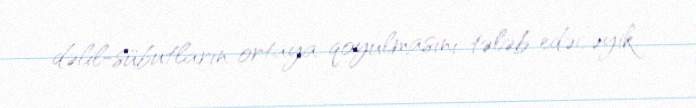
dəlil-sübutların ortaya qoyulmasını tələb edəcəyik.